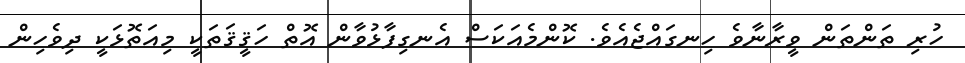
ހުރި ތަންތަން ވީރާނާވެ ހިނގައްޖެއެވެ. ކޮންމެއަކަސް އެނގިފާޅުވާން އޮތް ހަޤީޤަތަކީ މިއަތޮޅަކީ ދިވެހިން